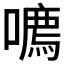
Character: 𪢔